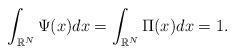
LaTeX: \begin{align*}\int_{\mathbb{\mathbb{R}}^{N}}\Psi (x)dx=\int_{\mathbb{\mathbb{R}}^{N}}\Pi(x)dx=1.\end{align*}